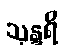
သုန္ဒရိ